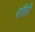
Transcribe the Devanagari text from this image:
शाँती